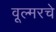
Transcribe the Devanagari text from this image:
वूल्मरचे